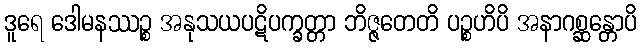
ဒူရေ ဒေါမနဿဉ္စ အနုသယပဋိပက္ခတ္တာ ဘိဇ္ဇတေတိ ပဉ္စဟိပိ အနာဂစ္ဆန္တောပိ